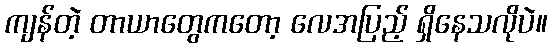
ကျန်တဲ့ တာယာတွေကတော့ လေအပြည့် ရှိနေသလိုပဲ။